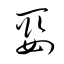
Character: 娶